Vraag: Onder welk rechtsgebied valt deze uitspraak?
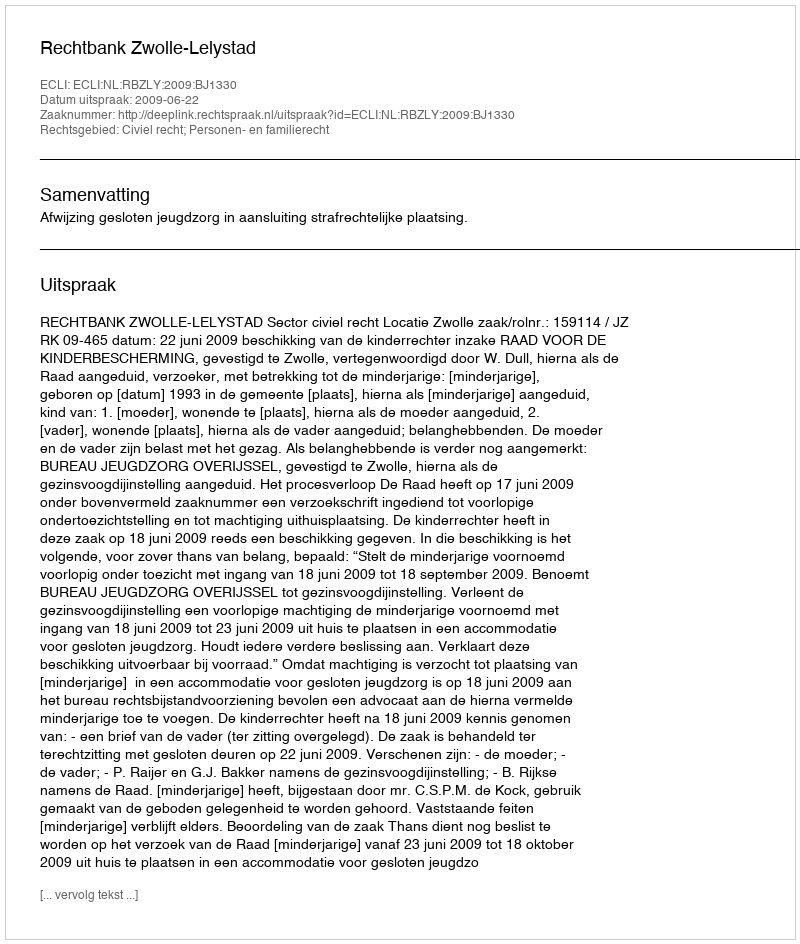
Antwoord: Civiel recht; Personen- en familierecht